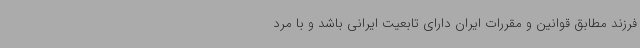
فرزند مطابق قوانین و مقررات ایران دارای تابعیت ایرانی باشد و با مرد